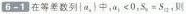
6-1在等差数列|a_{a}|，中，$$a_{1}<0$$，$$S_{9}=S_{a}$$，则